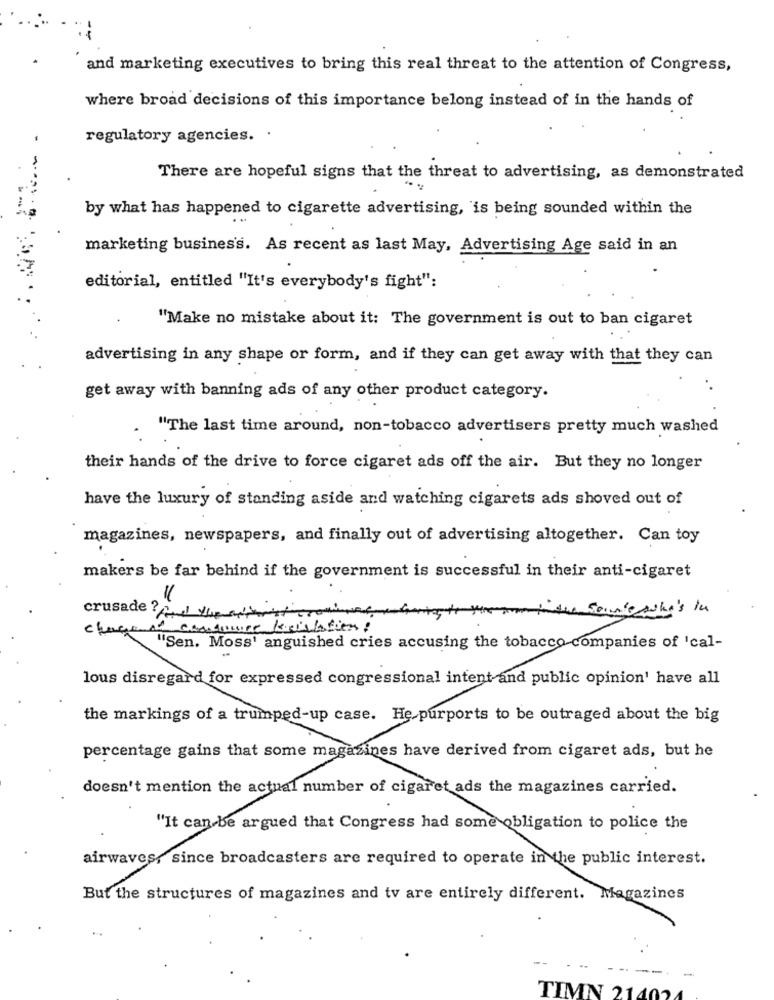
and marketing executives to bring this real threat to the attention of Congress,
where broad decisions of this importance belong instead of in the hands of
regulatory agencies. .
There are hopeful signs that the threat to advertising, as demonstrated
by what has happened to cigarette advertising, 'is being sounded within the
marketing business. As recent as last May, Advertising Age said in an
editorial, entitled "It's everybody's fight":
"Make no mistake about it: The government is out to ban cigaret
advertising in any shape or form, and if they can get away with that they can
get away with banning ads of any other product category.
"The last time around, non-tobacco advertisers pretty much washed
their hands of the drive to force cigaret ads off the air. But they no longer
have the luxury of standing aside and watching cigarets ads shoved out of
magazines, newspapers, and finally out of advertising altogether. Can toy
makers be far behind if the government is successful in their anti-cigaret
bytyroom inthe son's she's in
crusade ? yearshorst trovinel, 4
change of conduce keishtien?
"Sen. Moss' anguished cries accusing the tobacco companies of 'cal-
lous disregard for expressed congressional intent and public opinion' have all
the markings of a trumped-up case. He purports to be outraged about the big
percentage gains that some magazines have derived from cigaret ads, but he
doesn't mention the actual number of cigaret ads the magazines carried.
"It can be argued that Congress had some obligation to police the
airwaves, since broadcasters are required to operate in the public interest.
But the structures of magazines and tv are entirely different. Magazines
--
---
-
TIMN 21402